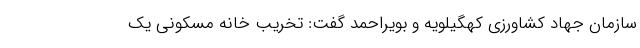
سازمان جهاد کشاورزی کهگیلویه و بویراحمد گفت: تخریب خانه مسکونی یک